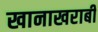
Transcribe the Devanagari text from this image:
खानाखराबी